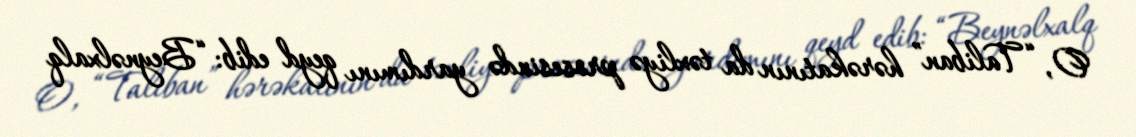
O, “Taliban” hərəkatının da təxliyə prosesində yardımını qeyd edib: “Beynəlxalq